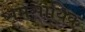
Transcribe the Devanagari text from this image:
समसायिक